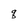
Character: q